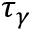
\tau _ { \gamma }